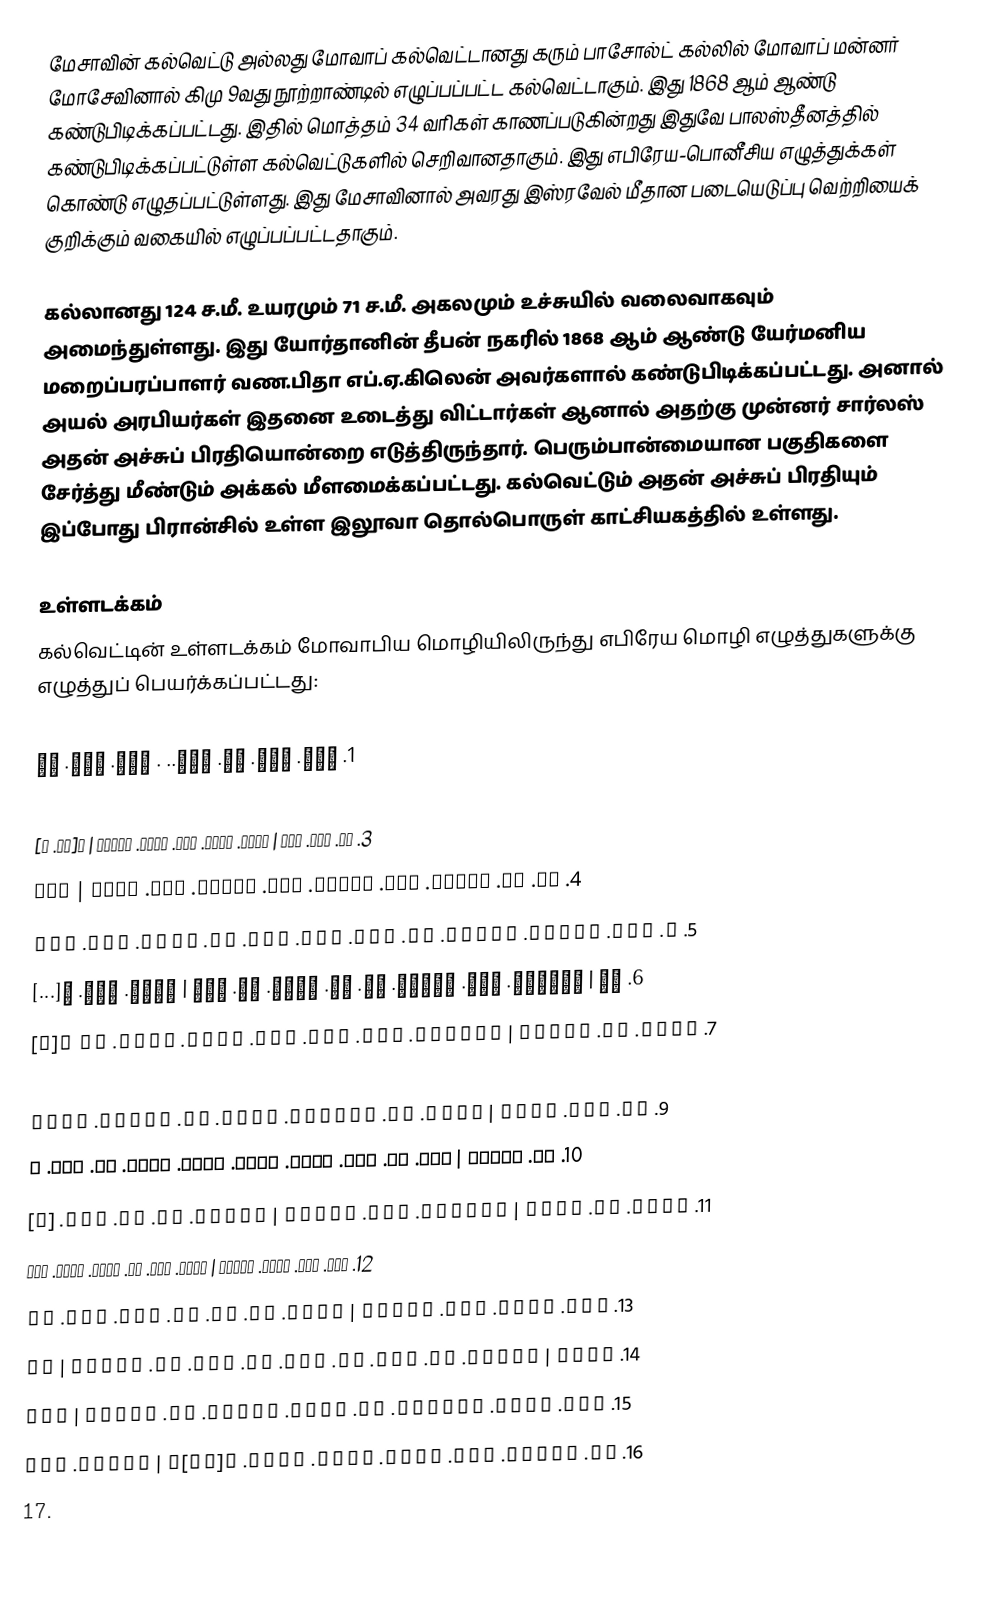
மேசாவின் கல்வெட்டு அல்லது மோவாப் கல்வெட்டானது கரும் பாசோல்ட் கல்லில் மோவாப் மன்னர் மோசேவினால் கிமு 9வது நூற்றாண்டில் எழுப்பப்பட்ட கல்வெட்டாகும். இது 1868 ஆம் ஆண்டு கண்டுபிடிக்கப்பட்டது. இதில் மொத்தம் 34 வரிகள் காணப்படுகின்றது இதுவே பாலஸ்தீனத்தில் கண்டுபிடிக்கப்பட்டுள்ள கல்வெட்டுகளில் செறிவானதாகும். இது எபிரேய-பொனீசிய எழுத்துக்கள் கொண்டு எழுதப்பட்டுள்ளது. இது மேசாவினால் அவரது இஸ்ரவேல் மீதான படையெடுப்பு வெற்றியைக் குறிக்கும் வகையில் எழுப்பப்பட்டதாகும்.

கல்லானது 124 ச.மீ. உயரமும் 71 ச.மீ. அகலமும் உச்சுயில் வலைவாகவும் அமைந்துள்ளது. இது யோர்தானின் தீபன் நகரில் 1868 ஆம் ஆண்டு யேர்மனிய மறைப்பரப்பாளர் வண.பிதா எப்.ஏ.கிலென் அவர்களால் கண்டுபிடிக்கப்பட்டது. அனால் அயல் அரபியர்கள் இதனை உடைத்து விட்டார்கள் ஆனால் அதற்கு முன்னர் சார்லஸ் அதன் அச்சுப் பிரதியொன்றை எடுத்திருந்தார். பெரும்பான்மையான பகுதிகளை சேர்த்து மீண்டும் அக்கல் மீளமைக்கப்பட்டது. கல்வெட்டும் அதன் அச்சுப் பிரதியும் இப்போது பிரான்சில் உள்ள இலூவா தொல்பொருள் காட்சியகத்தில் உள்ளது.

உள்ளடக்கம்
கல்வெட்டின் உள்ளடக்கம் மோவாபிய மொழியிலிருந்து எபிரேய மொழி எழுத்துகளுக்கு எழுத்துப் பெயர்க்கப்பட்டது:

1. אנכ. משע. בנ. כמש.. . מלכ. מאב. הד
2. יבני | אבי. מלכ. על. מאב. שלשנ. שת. ואנכ. מלכ
3. תי. אחר. אבי | ואעש. הבמת. זאת. לכמש. בקרחה | ב[נס. י]
4. שע. כי. השעני. מכל. המלכנ. וכי. הראני. בכל. שנאי | עמר
5. י. מלכ. ישראל. ויענו. את. מאב. ימנ. רבן. כי. יאנפ. כמש. באר
6. צה | ויחלפה. בנה. ויאמר. גמ. הא. אענו. את. מאב | בימי. אמר. כ[...]
7. וארא. בה. ובבתה | וישראל. אבד. אבד. עלמ. וירש. עמרי. את א[ר]
8. צ. מהדבא | וישב. בה. ימה. וחצי. ימי. בנה. ארבענ. שת. ויש
9. בה. כמש. בימי | ואבנ. את. בעלמענ. ואעש. בה. האשוח. ואבנ
10. את. קריתנ | ואש. גד. ישב. בארצ. עטרת. מעלמ. ויבנ. לה. מלכ. י
11. שראל. את. עטרת | ואלתחמ. בקר. ואחזה | ואהרג. את. כל. העמ. [מ]
12. הקר. רית. לכמש. ולמאב | ואשב. משמ. את. אראל. דודה. ואס
13. חבה. לפני. כמש. בקרית | ואשב. בה. את. אש. שרנ. ואת. אש
14. מחרת | ויאמר. לי. כמש. לכ. אחז. את. נבה. על. ישראל | וא
15. הלכ. הללה. ואלתחמ. בה. מבקע. השחרת. עד. הצהרמ | ואח
16. זה. ואהרג. כלה. שבעת. אלפנ. גברנ. ו[גר]נ | וגברת. וגר
17.